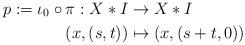
LaTeX: \begin{align*} p:=\iota_0\circ\pi:X\ast I&\to X\ast I\\ (x,(s,t))&\mapsto (x,(s+t,0))\end{align*}